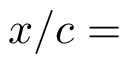
x / c =